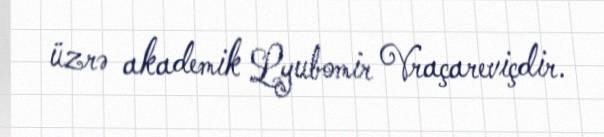
üzrə akademik Lyubomir Vraçareviçdir.